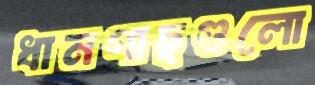
ধানগাছগুলো